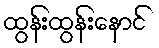
ထွန်းထွန်းနောင်